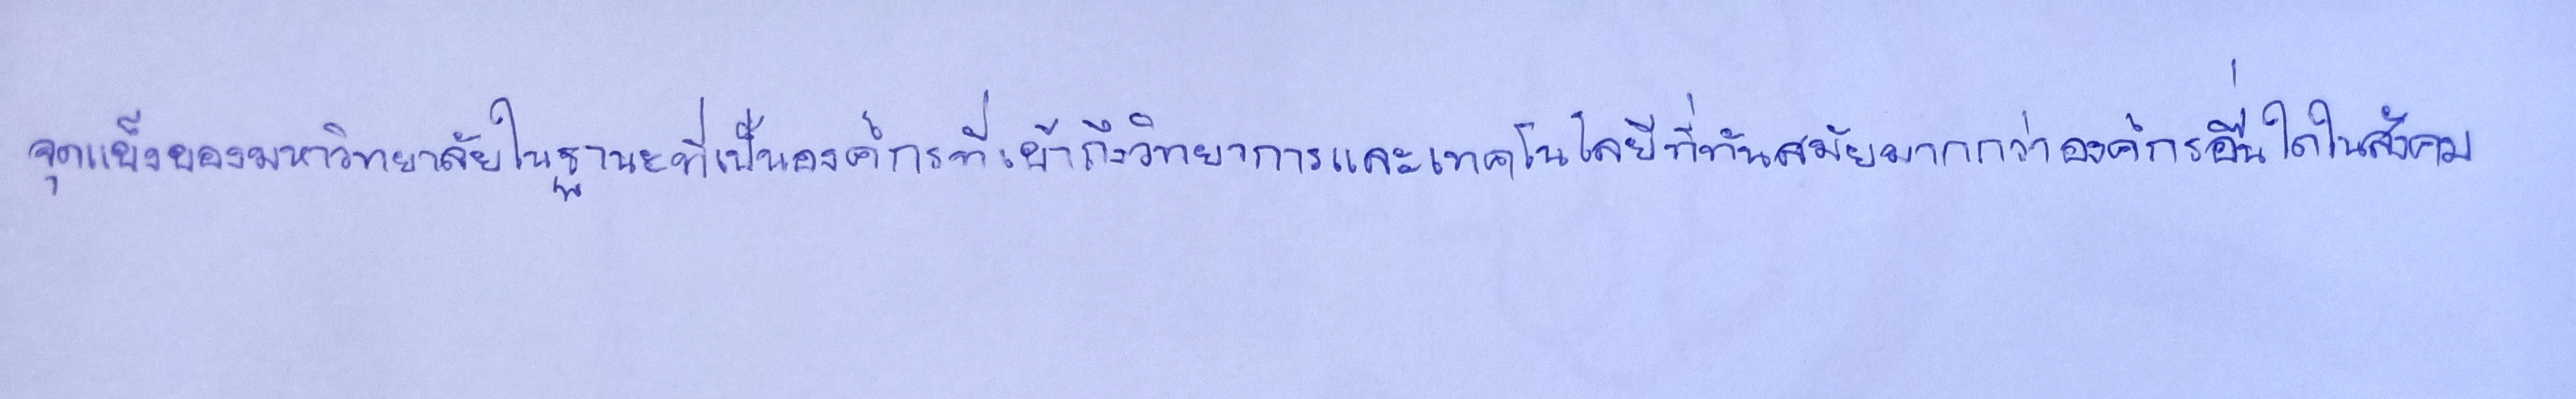
จุดแข็งของมหาวิทยาลัยในฐานะที่เป็นองค์กรที่เข้าถึงวิทยาการและเทคโนโลยีที่ทันสมัยมากกว่าองค์กรอื่นใดในสังคม